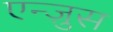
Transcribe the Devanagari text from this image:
एन्ज़ुस